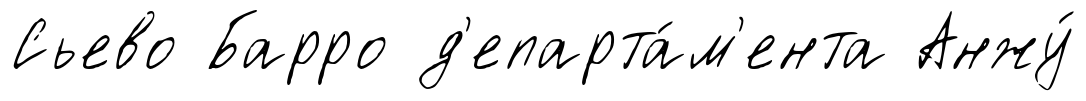
Сьево Барро д'епарта́м'ента Анжу́